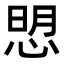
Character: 𢜏